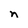
Character: n